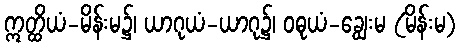
ဣတ္ထိယံ-မိန်းမ၌၊ ယာဂုယံ-ယာဂု၌၊ ဝဓုယံ-ချွေးမ (မိန်းမ)